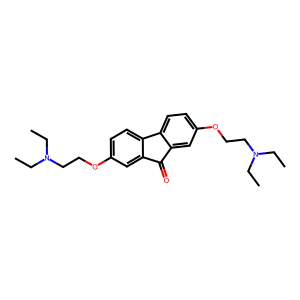
SMILES: CCN(CC)CCOc1ccc2c(c1)C(=O)c1cc(OCCN(CC)CC)ccc1-2
Inhibits HIV replication: No